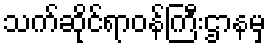
သက်ဆိုင်ရာဝန်ကြီးဌာနမှ